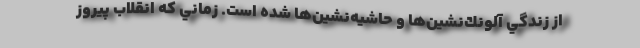
از زندگي آلونك‌نشين‌ها و حاشيه‌نشين‌ها شده است. زماني كه انقلاب پيروز